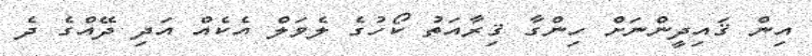
އިން ޤައިދީންނަށް ހިންގާ ޤިރާއަތު ކޯހުގެ ލެވަލް އެކެއް އަދި ދޭއްގެ ދެ